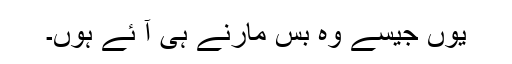
یوں جیسے وہ بس مارنے ہی آ ئے ہوں۔